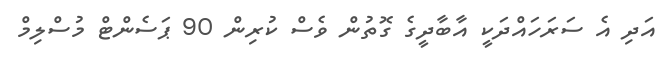
އަދި އެ ސަރަހައްދަކީ އާބާދީގެ ގޮތުން ވެސް ކުރިން 90 ޕަސެންޓް މުސްލިމް